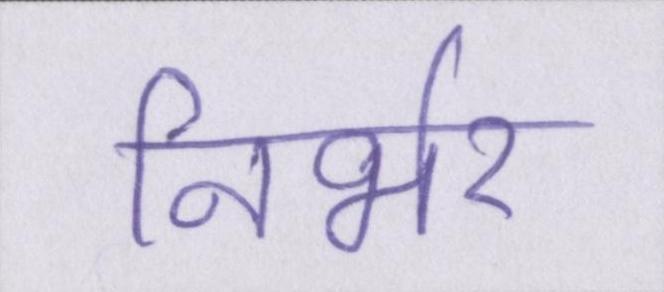
निर्भर